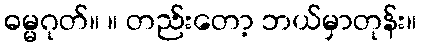
ဓမ္မဂုတ်။ ။ တည်းတော့ ဘယ်မှာတုန်း။